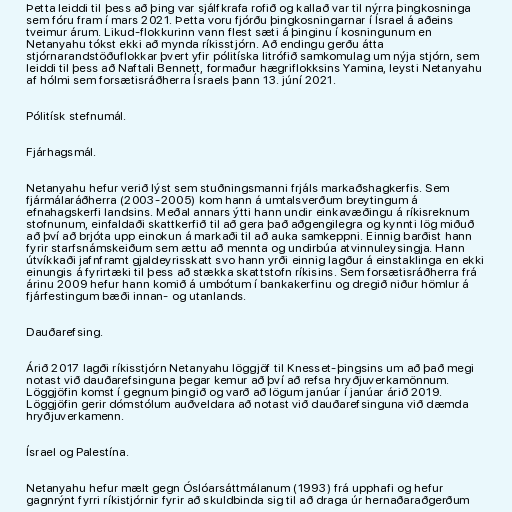
Þetta leiddi til þess að þing var sjálfkrafa rofið og kallað var til nýrra þingkosninga
sem fóru fram í mars 2021. Þetta voru fjórðu þingkosningarnar í Ísrael á aðeins
tveimur árum. Likud-flokkurinn vann flest sæti á þinginu í kosningunum en
Netanyahu tókst ekki að mynda ríkisstjórn. Að endingu gerðu átta
stjórnarandstöðuflokkar þvert yfir pólitíska litrófið samkomulag um nýja stjórn, sem
leiddi til þess að Naftali Bennett, formaður hægriflokksins Yamina, leysti Netanyahu
af hólmi sem forsætisráðherra Ísraels þann 13. júní 2021.

Pólitísk stefnumál.

Fjárhagsmál.

Netanyahu hefur verið lýst sem stuðningsmanni frjáls markaðshagkerfis. Sem
fjármálaráðherra (2003-2005) kom hann á umtalsverðum breytingum á
efnahagskerfi landsins. Meðal annars ýtti hann undir einkavæðingu á ríkisreknum
stofnunum, einfaldaði skattkerfið til að gera það aðgengilegra og kynnti lög miðuð
að því að brjóta upp einokun á markaði til að auka samkeppni. Einnig barðist hann
fyrir starfsnámskeiðum sem ættu að mennta og undirbúa atvinnuleysingja. Hann
útvíkkaði jafnframt gjaldeyrisskatt svo hann yrði einnig lagður á einstaklinga en ekki
einungis á fyrirtæki til þess að stækka skattstofn ríkisins. Sem forsætisráðherra frá
árinu 2009 hefur hann komið á umbótum í bankakerfinu og dregið niður hömlur á
fjárfestingum bæði innan- og utanlands.

Dauðarefsing.

Árið 2017 lagði ríkisstjórn Netanyahu löggjöf til Knesset-þingsins um að það megi
notast við dauðarefsinguna þegar kemur að því að refsa hryðjuverkamönnum.
Löggjöfin komst í gegnum þingið og varð að lögum janúar í janúar árið 2019.
Löggjöfin gerir dómstólum auðveldara að notast við dauðarefsinguna við dæmda
hryðjuverkamenn.

Ísrael og Palestína.

Netanyahu hefur mælt gegn Óslóarsáttmálanum (1993) frá upphafi og hefur
gagnrýnt fyrri ríkistjórnir fyrir að skuldbinda sig til að draga úr hernaðaraðgerðum